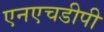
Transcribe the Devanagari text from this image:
एनएचडीपी